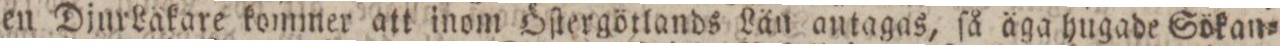
en Djur Lakare kommer att inom Öſtergötlands Län antagas, ſå äga hugade Sökan=